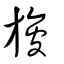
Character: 旇